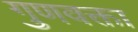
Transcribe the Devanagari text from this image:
गुणवक्ता